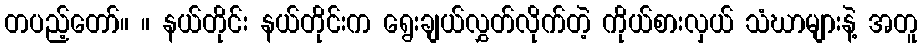
တပည့်တော်။ ။ နယ်တိုင်း နယ်တိုင်းက ရွေးချယ်လွှတ်လိုက်တဲ့ ကိုယ်စားလှယ် သံဃာများနဲ့ အတူ